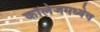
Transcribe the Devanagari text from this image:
कॉलेजमध्येच